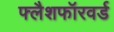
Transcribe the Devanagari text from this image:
फ्लैशफॉरवर्ड